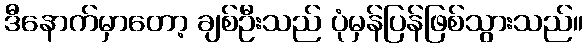
ဒီနောက်မှာတော့ ချစ်ဦးသည် ပုံမှန်ပြန်ဖြစ်သွားသည်။